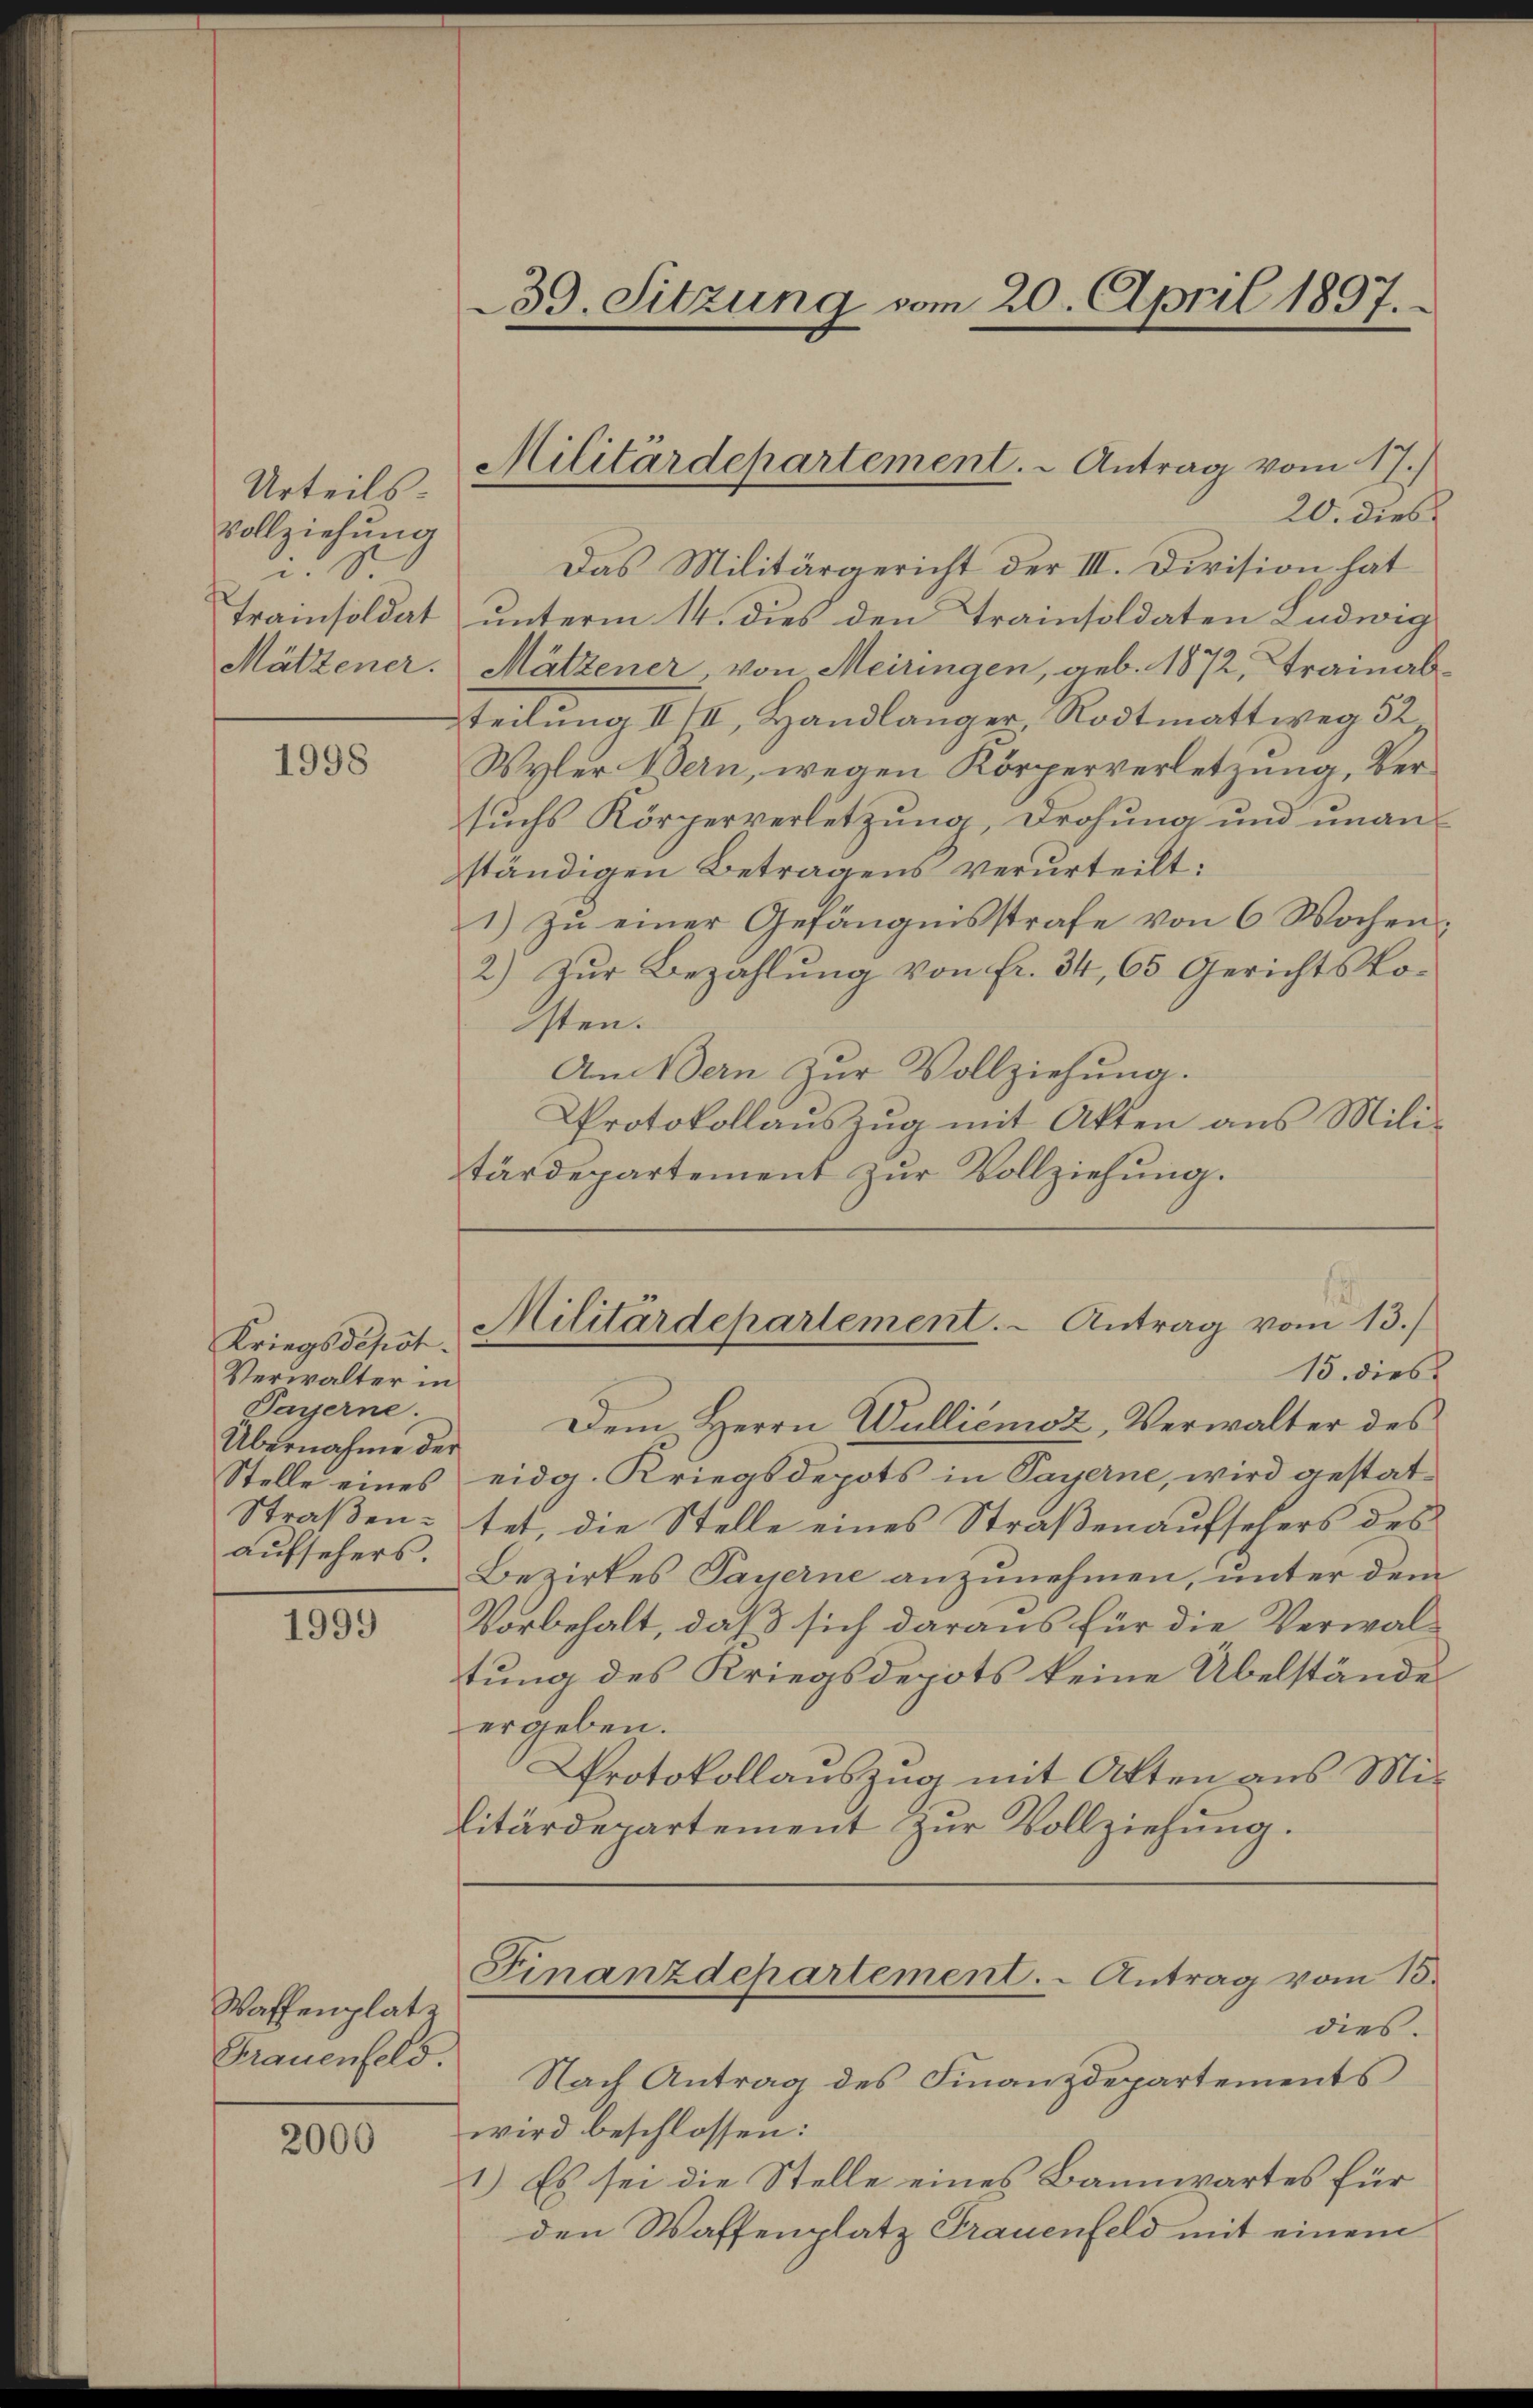
Urteils.
Vollziehung
v. s

1998

Kriegsdepst.
Verwalter in
Bayerne.
Übernahme der

1999

Waffenplatz
Frauenfeld.

2000

39. Sitzung vom 20. April 1897.

20. dies
Das Militärgericht der III. Division hat
Trainsoldat unterm 14. dies den Trainsoldaten Ludwig
Mätzener. Mätzener, von Meiringen, geb. 1872, Trainab¬
Teilung IIIII. Handlänger, Rodtmattweg 52
Wyler Bern, wegen Körperverletzung, Versuchs Körperverletzung, Drohung und unanständigen Betragens verurteilt:
1) zu einer Gefängnisstrafe von 6 Wochen¬
2) Zur Bezahlung von fr. 34, 65 Gerichtskosten.
Andern zur Vollziehung.
Protokollauszug mit Akten aus Mili-
tärdepartement zur Vollziehung.

Militärdepartement. - Antrag vom 17.)

Militärdepartement. - Antrag vom 13.)
15. dies

Dem Herrn Walliémoz, Verwalter des
Stelle eines eidg. Kriegsdepots in Payerne, wird gestat¬
Straßen: tet, die Stelle eines Straßenaufsehers des
aufsehers. Bezirkes Payerne anzunehmen, unter dem
Vorbehalt, daß sich daraus für die Verwaltung des Kriegsdepots keine Übelstände
ergeben.
Protokollauszug mit Akten aus Mit
litärdepartement zur Vollziehung.
Finanzdepartement. - Antrag vom 13.
dies.
Nach Antrag des Finanzdepartements
wird beschlossen:
1.) Es sei die Stelle eines Bannwartes für
den Waffenplatz Frauenfeld mit einem